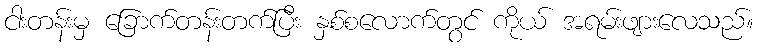
ငါးတန်းမှ ခြောက်တန်းတက်ပြီး နှစ်စလောက်တွင် ကိုယ် အရမ်းဖျားလေသည်။